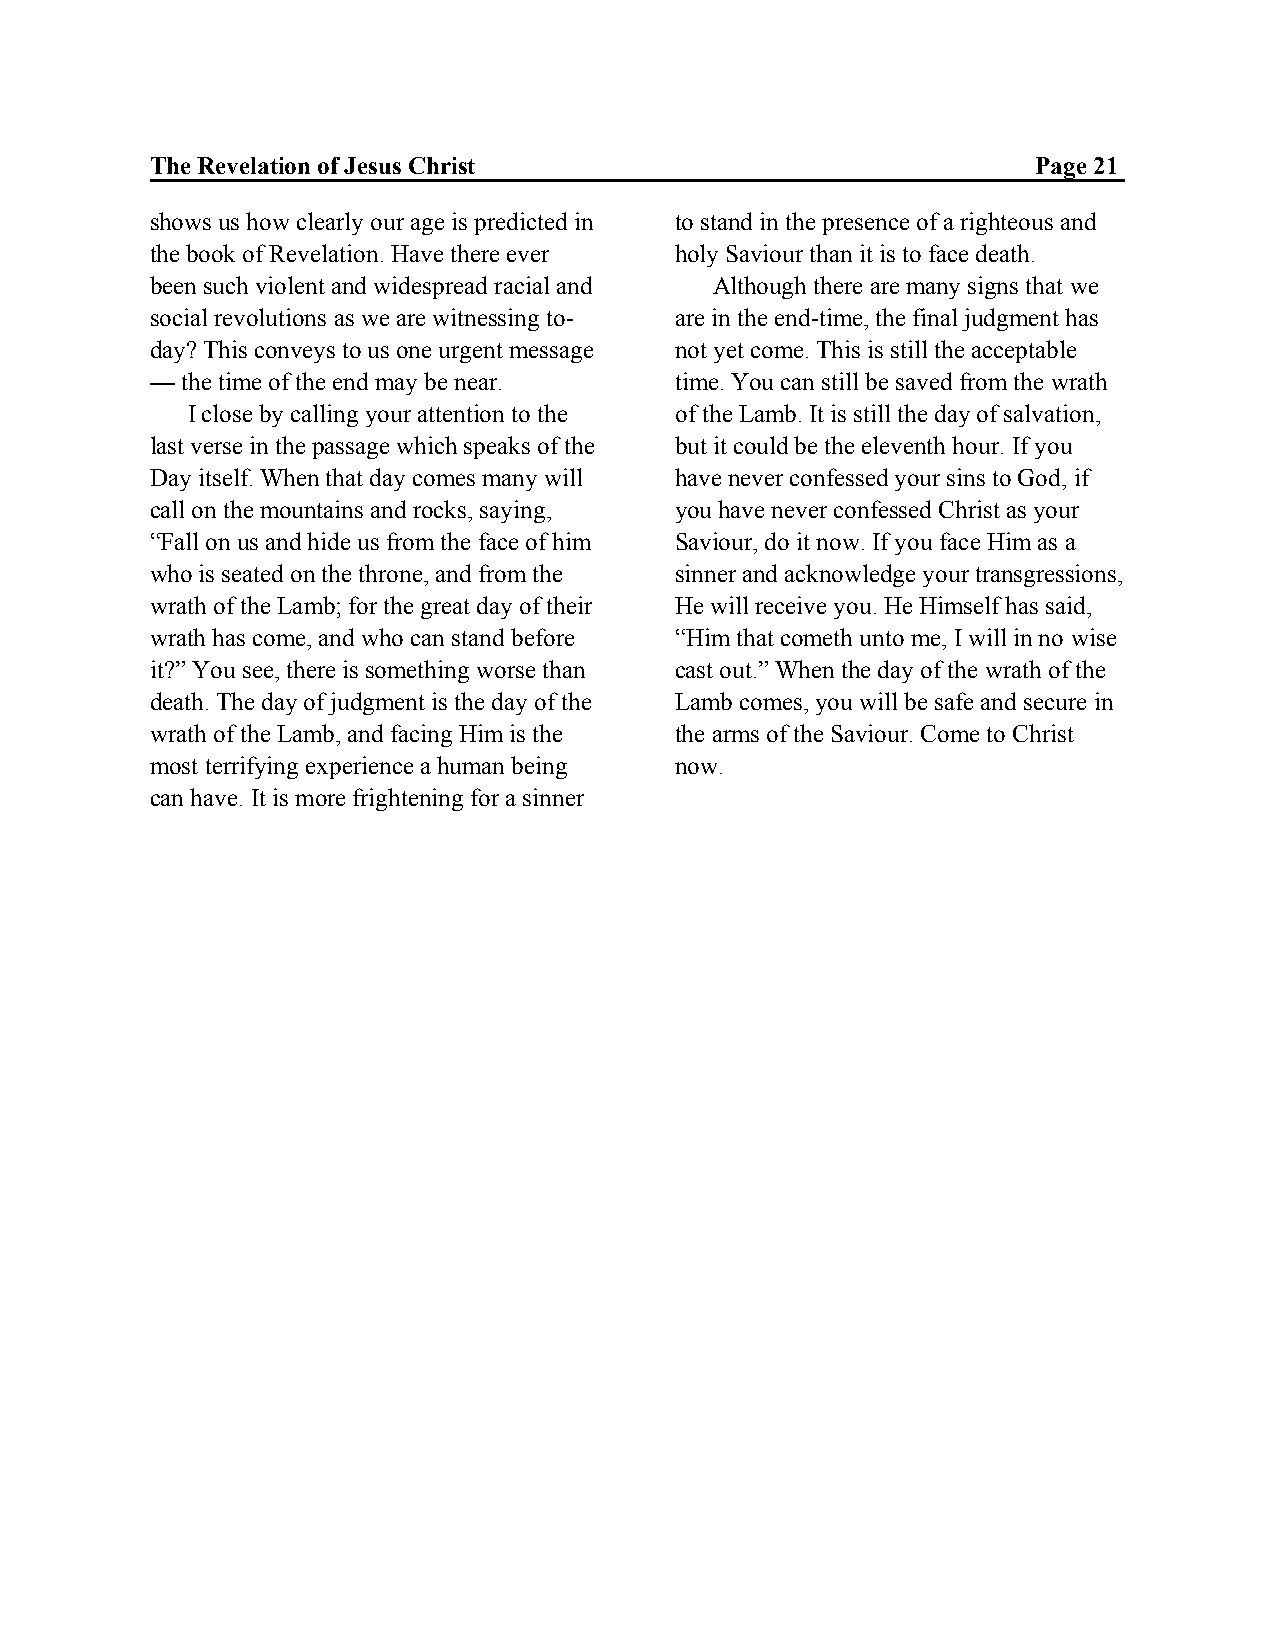
The Revelation of Jesus Christ                             Page 21
 shows us how clearly our age is predicted in to stand in the presence of a righteous and
 the book of Revelation. Have there ever holy Saviour than it is to face death.
 been such violent and widespread racial and Although there are many signs that we
 social revolutions as we are witnessing to- are in the end-time, the final judgment has
 day? This conveys to us one urgent message not yet come. This is still the acceptable
 — the time of the end may be near. time. You can still be saved from the wrath
 I close by calling your attention to the of the Lamb. It is still the day of salvation,
 last verse in the passage which speaks of the but it could be the eleventh hour. If you
 Day itself. When that day comes many will have never confessed your sins to God, if
 call on the mountains and rocks, saying, you have never confessed Christ as your
 “Fall on us and hide us from the face of him Saviour, do it now. If you face Him as a
 who is seated on the throne, and from the sinner and acknowledge your transgressions,
 wrath of the Lamb; for the great day of their He will receive you. He Himself has said,
 wrath has come, and who can stand before “Him that cometh unto me, I will in no wise
 it?” You see, there is something worse than cast out.” When the day of the wrath of the
 death. The day of judgment is the day of the Lamb comes, you will be safe and secure in
 wrath of the Lamb, and facing Him is the the arms of the Saviour. Come to Christ
 most terrifying experience a human being now.
 can have. It is more frightening for a sinner